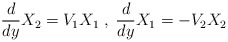
\begin{align*}\frac{d}{dy}X_2= V_1X_1\;,\; \frac{d}{dy}X_1=-V_2X_2\end{align*}